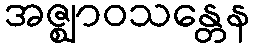
အဇ္ဈာဝသန္တေန